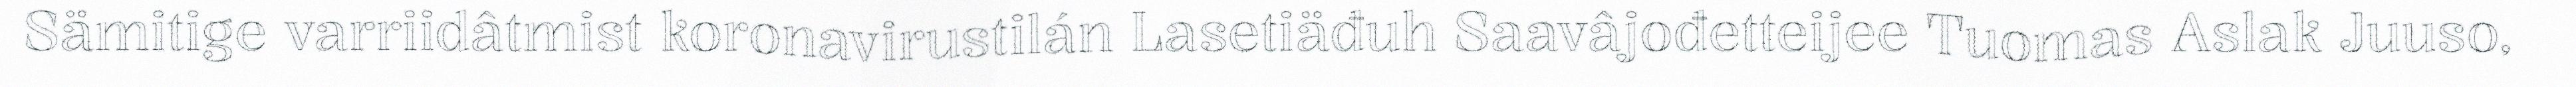
Sämitige varriidâtmist koronavirustilán Lasetiäđuh Saavâjođetteijee Tuomas Aslak Juuso,